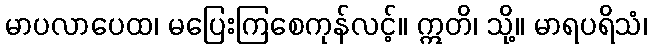
မာပလာပေထ၊ မပြေးကြစေကုန်လင့်။ ဣတိ၊ သို့။ မာရပရိသံ၊